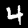
Label: 4